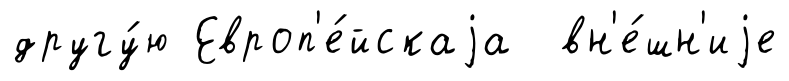
другу́ю Европ'е́йскаjа вн'е́шн'иjе